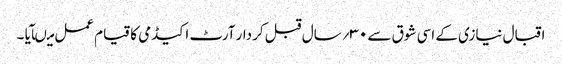
اقبال نیازی کے اسی شوق سے ۳۰؍سال قبل کردار آرٹ اکیڈمی کا قیام عمل میںآیا ۔